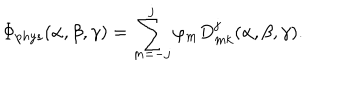
LaTeX: \Phi _ { p h y s } ( \alpha , \beta , \gamma ) = \sum _ { m = - j } ^ { j } \varphi _ { m } D _ { m k } ^ { j } ( \alpha , \beta , \gamma ) .